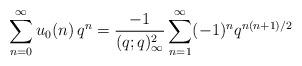
LaTeX: \begin{align*}\sum_{n=0}^\infty u_0(n)\,q^n = \frac{-1}{(q;q)^2_\infty} \sum_{n=1}^\infty (-1)^{n} q^{n(n+1)/2}\end{align*}